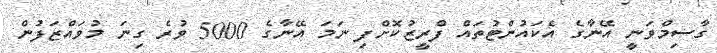
ގާސިމްވަނީ އޭނާގެ އެކައުންޓުތައް ފްރީޒުކޮށްފި ނަމަ އޭނާގެ 5000 ވުރެ ގިނަ މުވައްޒަފުން